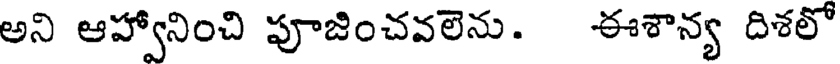
అని ఆహ్వానించి పూజించవలెను. ఈశాన్య దిశలో